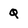
Character: Q